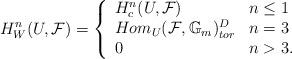
LaTeX: \begin{align*}H^n_W(U,\mathcal{F})= \left\{\begin{array}{ll}H^n_{c}(U,\mathcal{F})& \mbox{$n\leq 1$}\\{Hom}_U(\mathcal{F},\mathbb{G}_m)_{tor}^D & \mbox{$n=3$} \\0 & \mbox{$ n > 3$}.\end{array} \right.\end{align*}